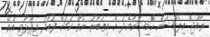
ރާއްޖެ އިލެކްޝަން ކޮމިޝަނާމެދު އެ އިތުބާރު ނެތް ކަމަށް ފުއާދު ވިދާޅުވި އެވެ.